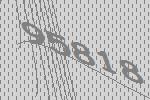
95818